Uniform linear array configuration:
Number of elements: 4
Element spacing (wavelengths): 0.5
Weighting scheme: hamming
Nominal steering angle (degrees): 0
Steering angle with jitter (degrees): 0.1379
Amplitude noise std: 0.05
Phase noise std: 0.05

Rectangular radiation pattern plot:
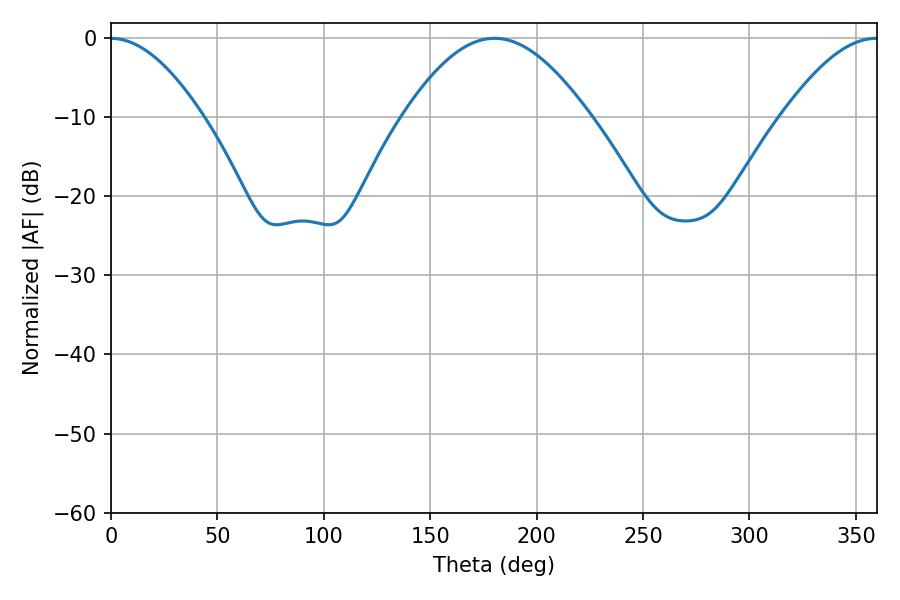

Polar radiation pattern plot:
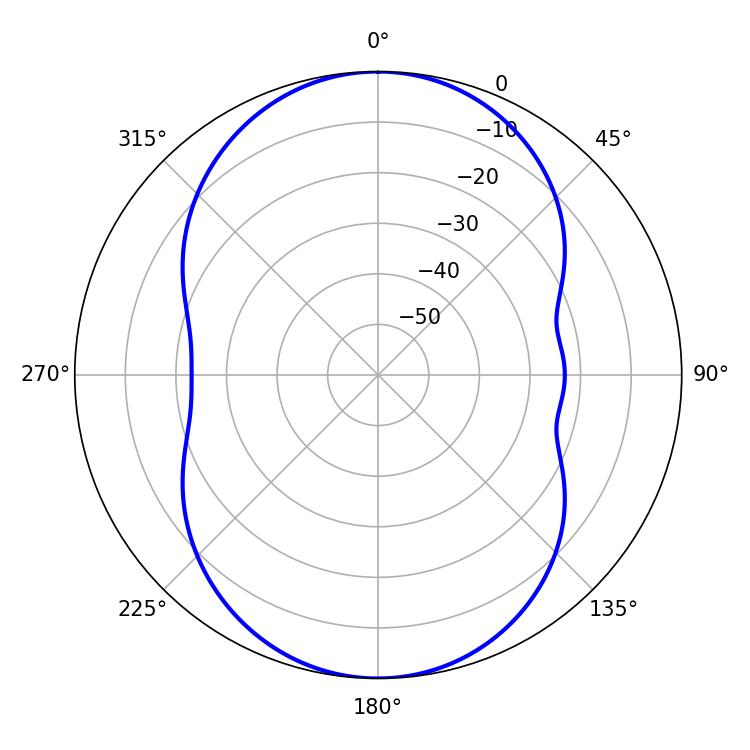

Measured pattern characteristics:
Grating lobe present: FALSE
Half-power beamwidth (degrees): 23.94
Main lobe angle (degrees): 359.82